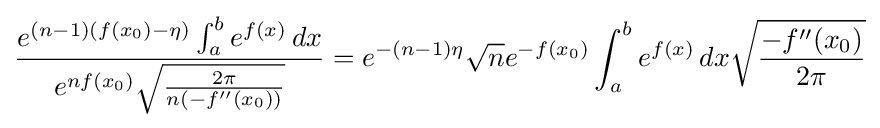
{\frac {e^{(n-1)(f(x_{0})-\eta )}\int _{a}^{b}e^{f(x)}\,dx}{e^{nf(x_{0})}{\sqrt {\frac {2\pi }{n(-f''(x_{0}))}}}}}=e^{-(n-1)\eta }{\sqrt {n}}e^{-f(x_{0})}\int _{a}^{b}e^{f(x)}\,dx{\sqrt {\frac {-f''(x_{0})}{2\pi }}}